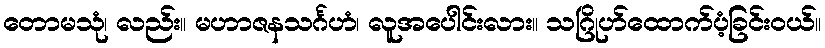
တောမသုံ၊ လည်း။ မဟာဇနသင်္ဂဟံ၊ လူအပေါင်းလား။ သဂြိုဟ်ထောက်ပံ့ခြင်းဝယ်။